Report on the bubonic plague in Bombay, 1896-1897
Year: 1896
Disease focus: Plague
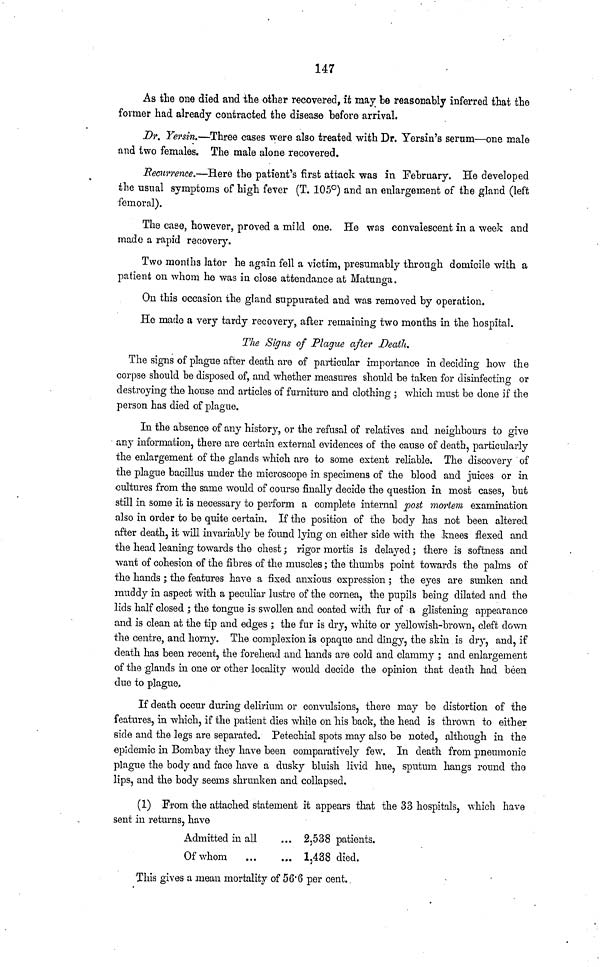
147
As the one died and the other recovered, it may be reasonably inferred that the
former had already contracted the disease before arrival.
Dr. Yersin.—Three cases were also treated with Dr. Yersin's serum—one male
and two females. The male alone recovered.
Recurrence.—Here the patient's first attack was in February. He developed
the usual symptoms of high fever (T. 105°) and an enlargement of the gland (left
femoral).
The case, however, proved a mild one. He was convalescent in a week and
made a rapid recovery.
Two months later he again fell a victim, presumably through domicile with a
patient on whom he was in close attendance at Matunga.
On this occasion the gland suppurated and was removed by operation.
He made a very tardy recovery, after remaining two months in the hospital.
The Signs of Plague after Death.
The signs of plague after death are of particular importance in deciding how the
corpse should be disposed of, and whether measures should be taken for disinfecting or
destroying the house and articles of furniture and clothing ; which must be done if the
person has died of plague.
In the absence of any history, or the refusal of relatives and neighbours to give
any information, there are certain external evidences of the cause of death, particularly
the enlargement of the glands which are to some extent reliable. The discovery of
the plague bacillus under the microscope in specimens of the blood and juices or in
cultures from the same would of course finally decide the question in most cases, but
still in some it is necessary to perform a complete internal post mortem examination
also in order to be quite certain. If the position of the body has not been altered
after death, it will invariably be found lying on either side with the knees flexed and
the head leaning towards the chest ; rigor mortis is delayed ; there is softness and
want of cohesion of the fibres of the muscles ; the thumbs point towards the palms of
the hands ; the features have a fixed anxious expression ; the eyes are sunken and
muddy in aspect with a peculiar lustre of the cornea, the pupils being dilated and the
lids half closed ; the tongue is swollen and coated with fur of a glistening appearance
and is clean at the tip and edges ; the fur is dry, white or yellowish-brown, cleft clown
the centre, and horny. The complexion is opaque and dingy, the skin is dry, and, if
death has been recent, the forehead and hands are cold and clammy ; and enlargement
of the glands in one or other locality would decide the opinion that death had been
due to plague.
If death occur during delirium or convulsions, there may be distortion of the
features, in which, if the patient dies while on his back, the head is thrown to either
side and the legs are separated. Petechial spots may also be noted, although in the
epidemic in Bombay they have been comparatively few. In death from pneumonic
plague the body and face have a dusky bluish livid hue, sputum hangs round the
lips, and the body seems shrunken and collapsed.
(1) From the attached statement it appears that the 33 hospitals, which have
sent in returns, have
Admitted in all
Of whom
... 2,538 patients.
... 1,438 died.
This gives a mean mortality of 56.6 per cent.